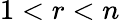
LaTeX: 1<r<n